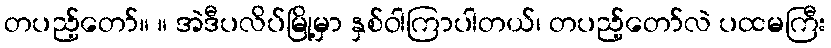
တပည့်တော်။ ။ အဲဒီပလိပ်မြို့မှာ နှစ်ဝါကြာပါတယ်၊ တပည့်တော်လဲ ပထမကြီး